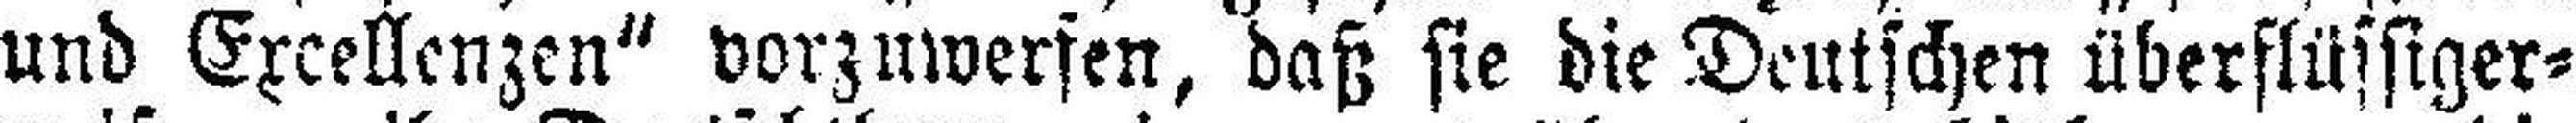
und Excellenzen“ vorzuwerfen, daß sie die Deutschen überflüssiger¬